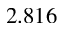
2 . 8 1 6